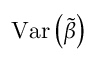
\operatorname { V a r } \left( { \tilde { \beta } } \right)